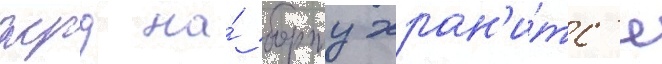
жрд на́ борту хран'и́тс'я